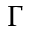
\Gamma